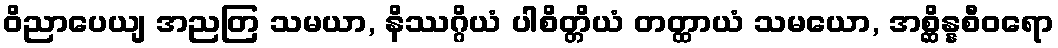
ဝိညာပေယျ အညတြ သမယာ, နိဿဂ္ဂိယံ ပါစိတ္တိယံ တတ္ထာယံ သမယော, အစ္ဆိန္နစီဝရော